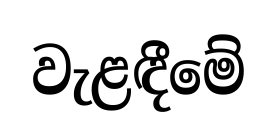
වැළඳීමේ